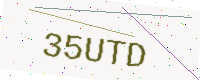
Text: 35UTD